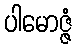
ပါမောဇ္ဇံ